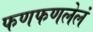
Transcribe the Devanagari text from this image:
फणफणलेलं